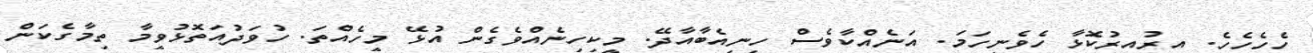
ހެހެހެހެ. އިރުއިރުކޮޅާ ހެވެނީހަމަ. އަނެއްކާވެސް ހިނިއެބާއާދޭ. މީކިހިނެއްވެގެން އުޅޭ މީހެއްތަ. ހުވަދުއަތޮޅުވީމާ ތިމާގެކަން